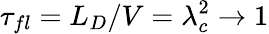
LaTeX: \tau_{fl}=L_{D}/V=\lambda_{c}^{2}\to 1